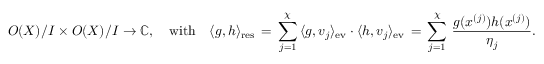
{ \cal O } ( X ) / I \times { \cal O } ( X ) / I \rightarrow \mathbb { C } , \quad \mathrm { w i t h } \quad \langle g , h \rangle _ { \mathrm { r e s } } \, = \, \sum _ { j = 1 } ^ { \chi } \, \langle g , v _ { j } \rangle _ { \mathrm { e v } } \cdot \langle h , v _ { j } \rangle _ { \mathrm { e v } } \, = \, \sum _ { j = 1 } ^ { \chi } \, \frac { g ( x ^ { ( j ) } ) h ( x ^ { ( j ) } ) } { \eta _ { j } } .